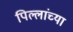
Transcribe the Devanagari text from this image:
पिल्लांच्या